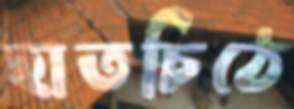
হাতচিঠে